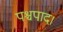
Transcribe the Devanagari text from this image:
पश्चपाद।